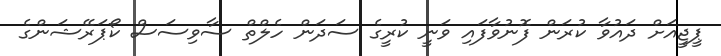
ޕީޖީއަށް ދައުވާ ކުރަން ފޮނުވާފައި ވަނީ ކުރީގެ ސަދަން ހެލްތް ސާވިސަސް ކޯޕަރޭޝަންގެ